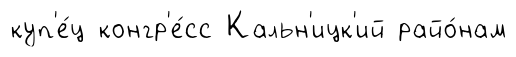
куп'е́ц конгр'е́сс Кальн'ицк'ий райо́нам